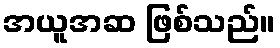
အယူအဆ ဖြစ်သည်။